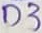
Text: D3